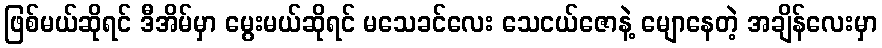
ဖြစ်မယ်ဆိုရင် ဒီအိမ်မှာ မွေးမယ်ဆိုရင် မသေခင်လေး သေငယ်ဇောနဲ့ မျောနေတဲ့ အချိန်လေးမှာ